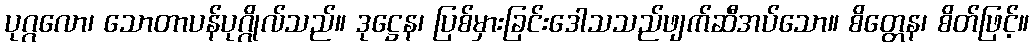
ပုဂ္ဂလော၊ သောတာပန်ပုဂ္ဂိုလ်သည်။ ဒုဋ္ဌေန၊ ပြစ်မှားခြင်းဒေါသသည်ဖျက်ဆီအပ်သော။ စိတ္တေန၊ စိတ်ဖြင့်။